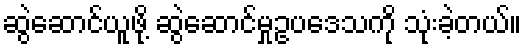
ဆွဲဆောင်ယူဖို့ ဆွဲဆောင်မှုဥပဒေသကို သုံးခဲ့တယ်။